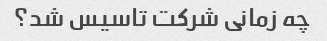
چه زمانی شرکت تاسیس شد؟